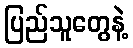
ပြည်သူတွေနဲ့